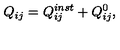
Q _ { i j } = Q _ { i j } ^ { i n s t } + Q _ { i j } ^ { 0 } , \